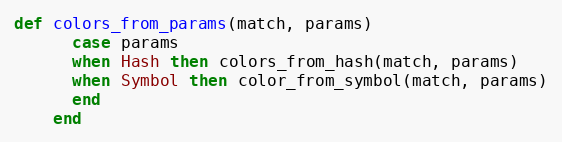
Language: Ruby
def colors_from_params(match, params)
      case params
      when Hash then colors_from_hash(match, params)
      when Symbol then color_from_symbol(match, params)
      end
    end